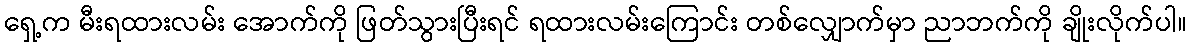
ရှေ့က မီးရထားလမ်း အောက်ကို ဖြတ်သွားပြီးရင် ရထားလမ်းကြောင်း တစ်လျှောက်မှာ ညာဘက်ကို ချိုးလိုက်ပါ။